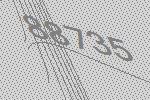
88735